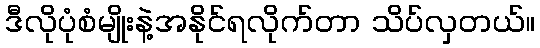
ဒီလိုပုံစံမျိုးနဲ့အနိုင်ရလိုက်တာ သိပ်လှတယ်။